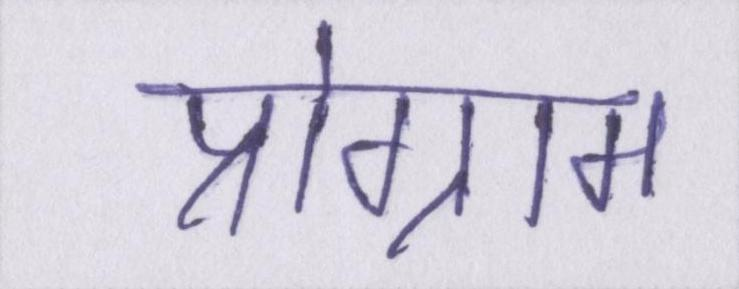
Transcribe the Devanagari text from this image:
प्रोग्राम